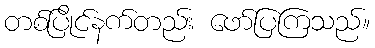
တစ်ပြိုင်နက်တည်း ဖော်ပြကြသည်။